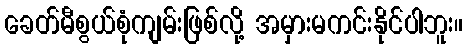
ခေတ်မီစွယ်စုံကျမ်းဖြစ်လို့ အမှားမကင်းနိုင်ပါဘူး။